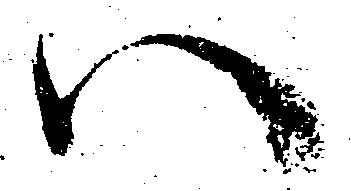
八